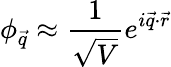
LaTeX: \phi_{\vec{q}}\approx\frac{1}{\sqrt{V}}e^{i\vec{q}\cdot\vec{r}}